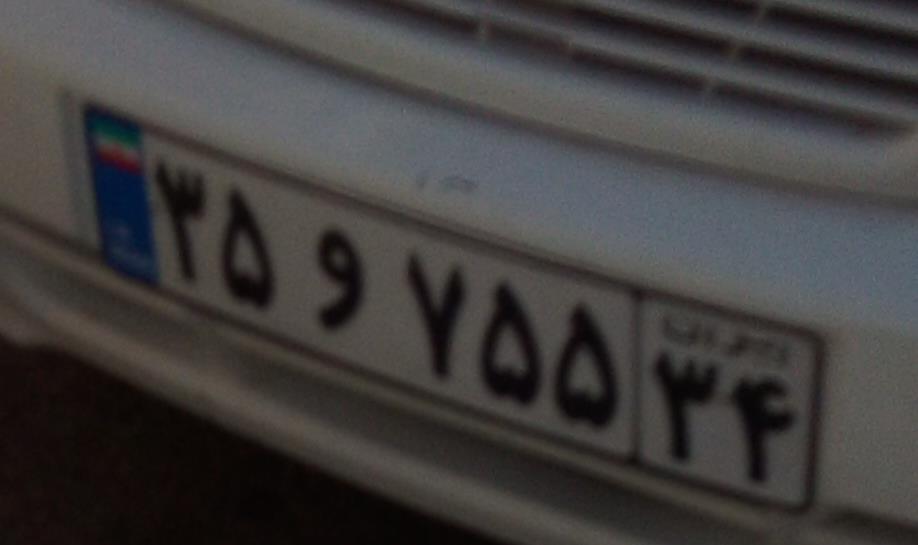
۳۵و۷۵۵۳۴